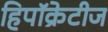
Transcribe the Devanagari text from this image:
हिपॉक्रेटीज